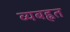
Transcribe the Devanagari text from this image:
व्यबह्वत